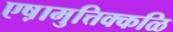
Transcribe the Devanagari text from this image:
एष़ामुत्तिक्कळि